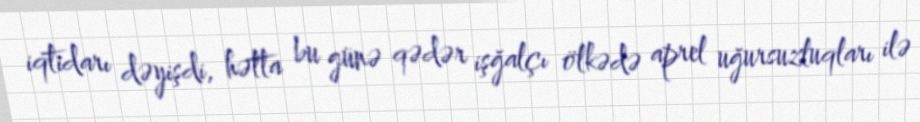
iqtidarı dəyişdi, hətta bu günə qədər işğalçı ölkədə aprel uğursuzluqları ilə